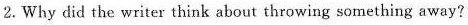
2.Why did the writer think about throwing something away?